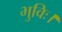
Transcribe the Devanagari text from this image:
भुविः।